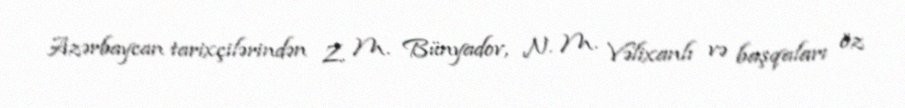
Azərbaycan tarixçilərindən Z. M. Bünyadov, N. M. Vəlixanlı və başqaları öz